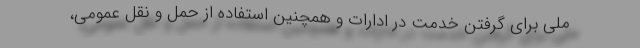
ملی برای گرفتن خدمت در ادارات و همچنین استفاده از حمل و نقل عمومی،